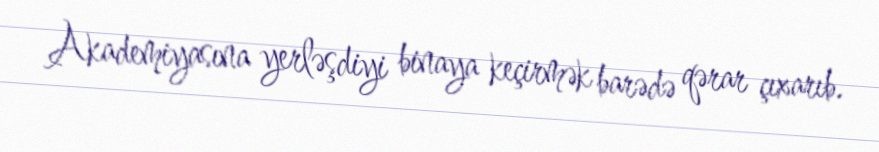
Akademiyasına yerləşdiyi binaya keçirmək barədə qərar çıxarıb.